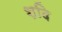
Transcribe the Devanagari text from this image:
शदि